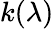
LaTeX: k(\lambda)